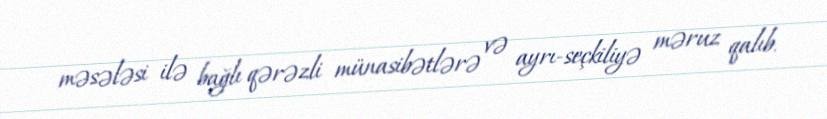
məsələsi ilə bağlı qərəzli münasibətlərə və ayrı-seçkiliyə məruz qalıb.